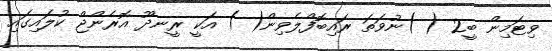
ވިޓަމިން ބީ2 ( )ނުވަތަ ރައިބޮފްލެވިން( ) އަކީ ރީނދޫ އޮރެންޖް ކުލައިގައި